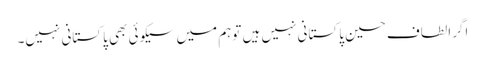
اگرالطاف حسین پاکستانی نہیں ہیں توہم میں سیکوئی بھی پاکستانی نہیں۔